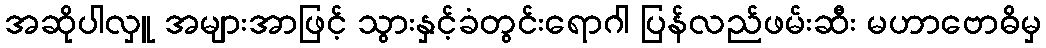
အဆိုပါလှူ အများအာဖြင့် သွားနှင့်ခံတွင်းရောဂါ ပြန်လည်ဖမ်းဆီး မဟာဗောဓိမှ